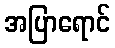
အပြာရောင်